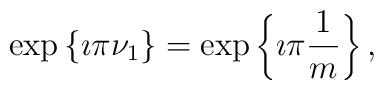
\exp\left\{\imath\pi \nu_{1}\right\}=\exp\left\{\imath\pi\frac{1}{m}\right\},